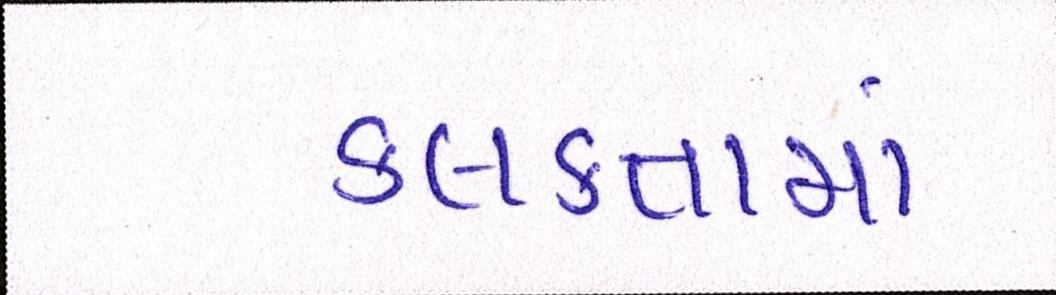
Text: કલકતામાં